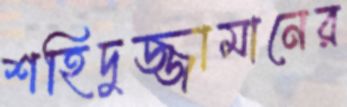
শহিদুজ্জামানের